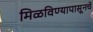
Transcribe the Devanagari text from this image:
मिळविण्यापासूनचे